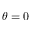
\theta = 0